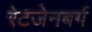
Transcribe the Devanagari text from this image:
रेटजेनबर्ग